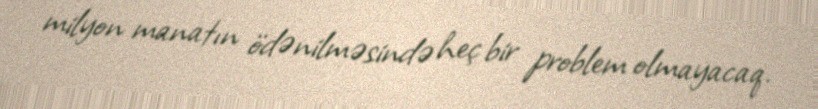
milyon manatın ödənilməsində heç bir problem olmayacaq.